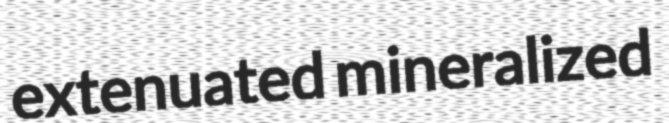
extenuated mineralized